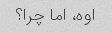
اوه، اما چرا؟